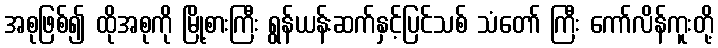
အစုဖြစ်၍ ထိုအစုကို မြို့စားကြီး ရွန်ယန်းဆက်နှင့်ပြင်သစ် သံတော် ကြီး ကော်လိန်ကူးတို့